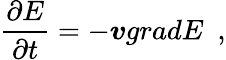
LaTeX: \frac{\partial E}{\partial t}=-\boldsymbol{v}gradE\, \, \, ,